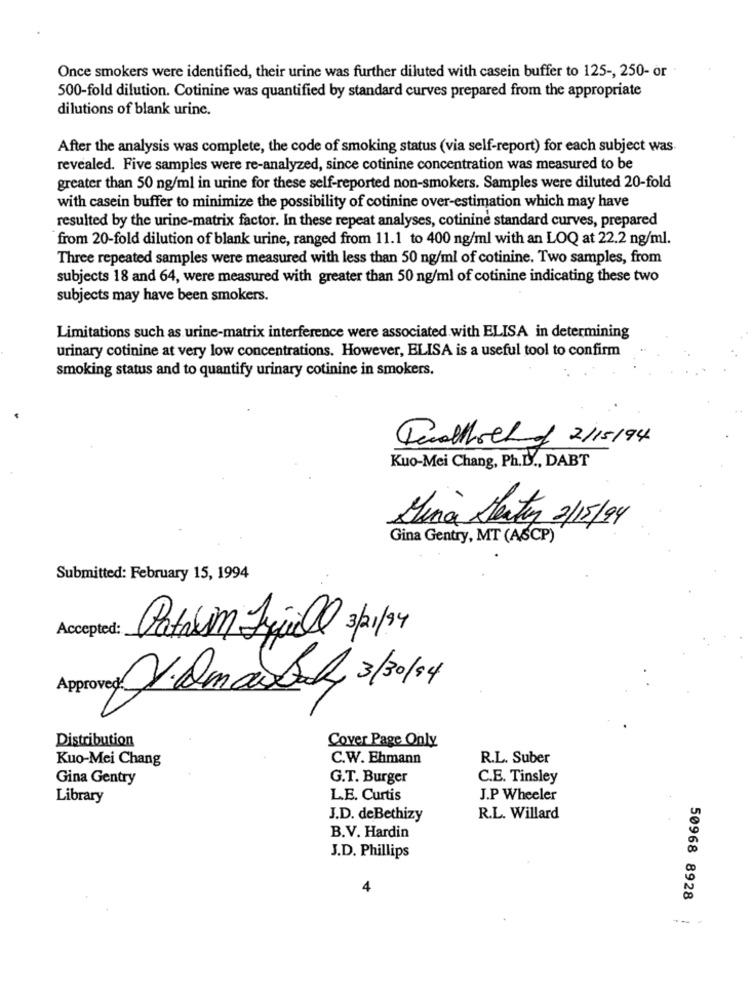
Once smokers were identified, their urine was further diluted with casein buffer to 125 -, 250- or
500-fold dilution. Cotinine was quantified by standard curves prepared from the appropriate
dilutions of blank urine.
After the analysis was complete, the code of smoking status (via self-report) for each subject was
revealed. Five samples were re-analyzed, since cotinine concentration was measured to be
greater than 50 ng/ml in urine for these self-reported non-smokers. Samples were diluted 20-fold
with casein buffer to minimize the possibility of cotinine over-estimation which may have
resulted by the urine-matrix factor. In these repeat analyses, cotinine standard curves, prepared
from 20-fold dilution of blank urine, ranged from 11.1 to 400 ng/ml with an LOQ at 22.2 ng/ml.
Three repeated samples were measured with less than 50 ng/ml of cotinine. Two samples, from
subjects 18 and 64, were measured with greater than 50 ng/ml of cotinine indicating these two
subjects may have been smokers.
Limitations such as urine-matrix interference were associated with ELISA in determining
urinary cotinine at very low concentrations. However, ELISA is a useful tool to confirm
smoking status and to quantify urinary cotinine in smokers.
Trotthall of 2/15/94
Kuo-Mei Chang, Ph.D ., DABT
Lina Seity 2/15/94
Gina Gentry, MT (ASCP)
Submitted: February 15, 1994
Accepted:
Patakim Frquall 3p /34
rover /. Amaway, 3/30/84
Distribution
Cover Page Only
Kuo-Mei Chang
C.W. Ehmann
R.L. Suber
Gina Gentry
G.T. Burger
C.E. Tinsley
Library
L.E. Curtis
J.P Wheeler
J.D. deBethizy
R.L. Willard
B.V. Hardin
J.D. Phillips
4
50968 8928
---